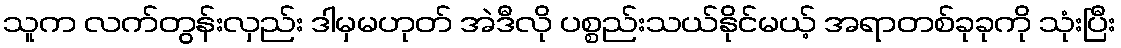
သူက လက်တွန်းလှည်း ဒါမှမဟုတ် အဲဒီလို ပစ္စည်းသယ်နိုင်မယ့် အရာတစ်ခုခုကို သုံးပြီး